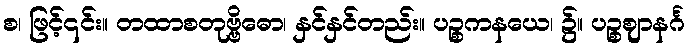
စ၊ ဖြင့်၎င်း။ တထာစတုဗ္ဗိဓော၊ နှင်နှင်တည်း။ ပဉ္စကနယေ၊ ၌။ ပဉ္စဈာနင်္ဂ